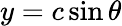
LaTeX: y=c\sin\theta